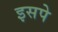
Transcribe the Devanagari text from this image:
इसपे